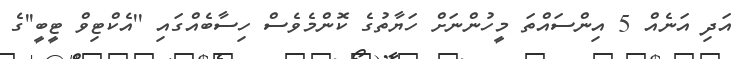
އަދި އަނެއް 5 އިންސައްތަ މީހުންނަށް ހަޔާތުގެ ކޮންމެވެސް ހިސާބެއްގައި ''އެކްޓިވް ޓީބީ''ގެ